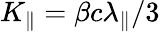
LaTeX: K_{\parallel}=\beta c\lambda_{\parallel}/3